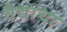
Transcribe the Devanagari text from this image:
वैद्याचा